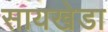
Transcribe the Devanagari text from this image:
सायखेडा